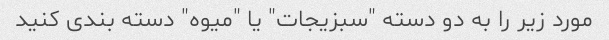
مورد زیر را به دو دسته "سبزیجات" یا "میوه" دسته بندی کنید